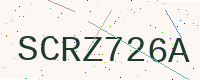
Text: SCRZ726A